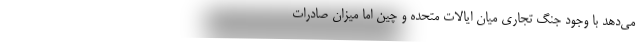
می‌دهد با وجود جنگ تجاری میان ایالات متحده و چین اما میزان صادرات